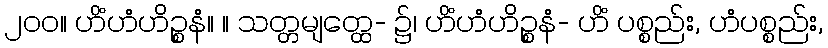
၂၀၀။ ဟိံဟံဟိဉ္စနံ။ ။ သတ္တမျတ္ထေ- ၌၊ ဟိံဟံဟိဉ္စနံ- ဟိံ ပစ္စည်း, ဟံပစ္စည်း,